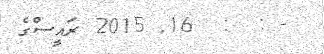
- :  :  16